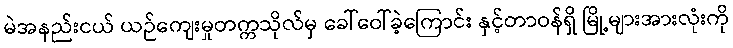
မဲအနည်းငယ် ယဉ်ကျေးမှုတက္ကသိုလ်မှ ခေါ်ဝေါ်ခဲ့ကြောင်း နှင့်တာဝန်ရှိ မြို့များအားလုံးကို